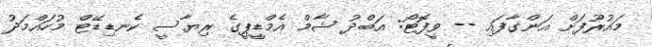
މައުރޫފަށް އަންގާފައި -- ވީފޮޓޯ: އަބްދު ޝާމް އެމްޑީޕީގެ ރިޔާސީ ކެނޑިޑޭޓް މުހައްމަދު